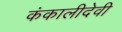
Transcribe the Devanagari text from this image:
कंकालीदेवी